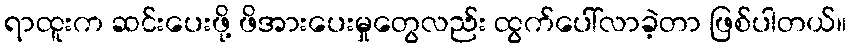
ရာထူးက ဆင်းပေးဖို့ ဖိအားပေးမှုတွေလည်း ထွက်ပေါ်လာခဲ့တာ ဖြစ်ပါတယ်။